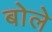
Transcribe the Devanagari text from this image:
बोलेे